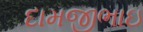
દામજીભાઇ